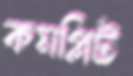
কমপ্লিট